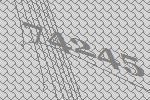
74245